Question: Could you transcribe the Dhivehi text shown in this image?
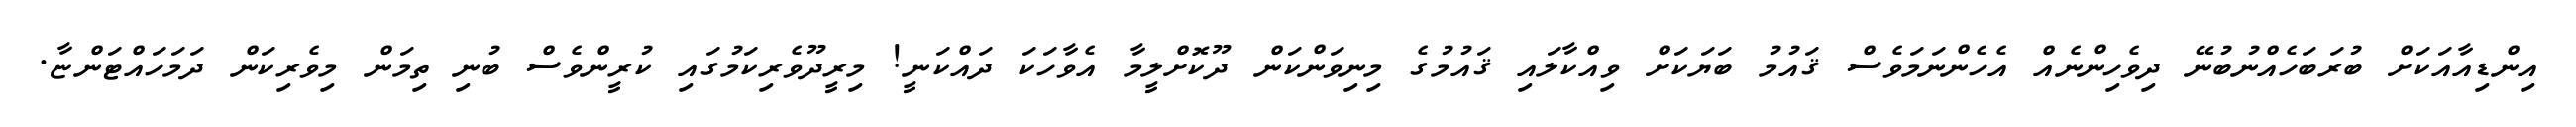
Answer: އިންޑިއާއަކަށް ބުރަބަހެއްނުބުނޭ ދިވެހިންނެއް އެހެންނަމަވެސް ޤައުމު ބަޔަކަށް ވިއްކާލައި ޤައުމުގެ މިނިވަންކަން ދޫކޮށްލީމާ އެވާހަކަ ދައްކަނީ! މިރީދޫވެރިކަމުގައި ކުރީންވެސް ބުނި ތިމަން މިވެރިކަން ދަމަހައްޓަންޏާ.